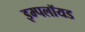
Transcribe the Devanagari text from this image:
इम्पलॉयड